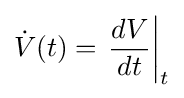
{\dot {V}}(t)=\left.{\frac {dV}{dt}}\right|_{t}